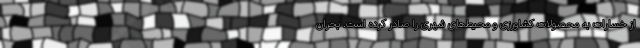
از خسارات به محصولات کشاورزی و محیط‌های شهری را صادر کرده است. بحران